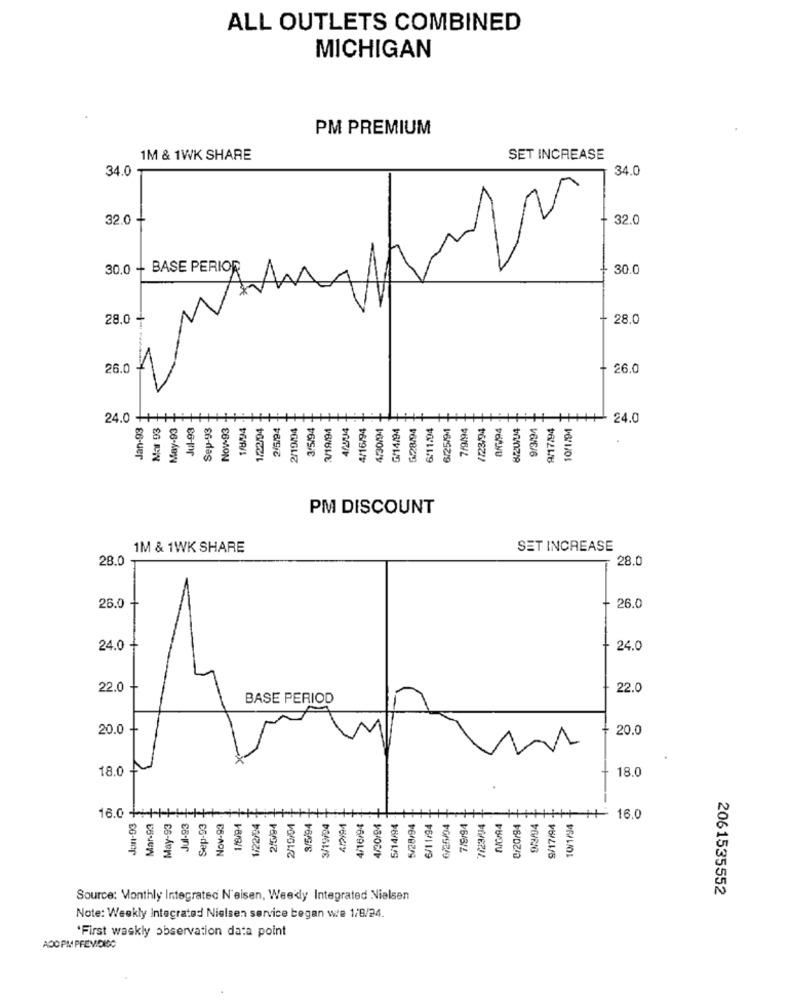
ALL OUTLETS COMBINED
MICHIGAN
PM PREMIUM
1M & 1WK SHARE
SET INCREASE
34.0
34.0
O
32.0 +
32.0
30.0 + BASE PERIOR
30.0
28.0
28.0
26.0
26.0
Jan-93 -
24.0 +
Mar 93
May-93
Jul-93
Sep-93
Now-93
1/M/4
1/22/94
2/5/94
2/19/04
3/5/94
3/19/94
408/04
4/16/94
4/30/94
G/14/94
~28/94
6/11/94
6/25/91
7/9/94
/123/94
8/7/94
9/3/94
9/17/94
10/1/94
24.0
PM DISCOUNT
1M & 1WK SHARE
SET INCREASE
28.0-
28.0
26.0
26.0
24.0
24.0
22.0
22.0
BASE PERIOD
20.0
20.0
18.0 +
18.0
16.0+++
Jul-93 -
Sep-93
3/19/24
Mar-93
May-93
Nov-93
1/8/94
1/22/04
2/6/94
2/10/04
3/5/94
4/16/94
4/20/94
5/14/94
5/28/94
6/11/94
6/25/04
7/8/94
7/23/04
C/20/94
9/17/94
10/1/94
16.0
2061535552
Source: Monthly Integrated N'eisen, Weekly Integrated Nielsen
Note: Weekly Integrated Nielsen service began we 1/8/24.
'First waskly observation data point
ADO PM PREVIDIDO